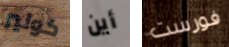
كولير أين فورست